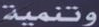
وتنمية